Lunatic asylums in Bengal annual reports 1899-1911 - 1899-1911
Year: 1899
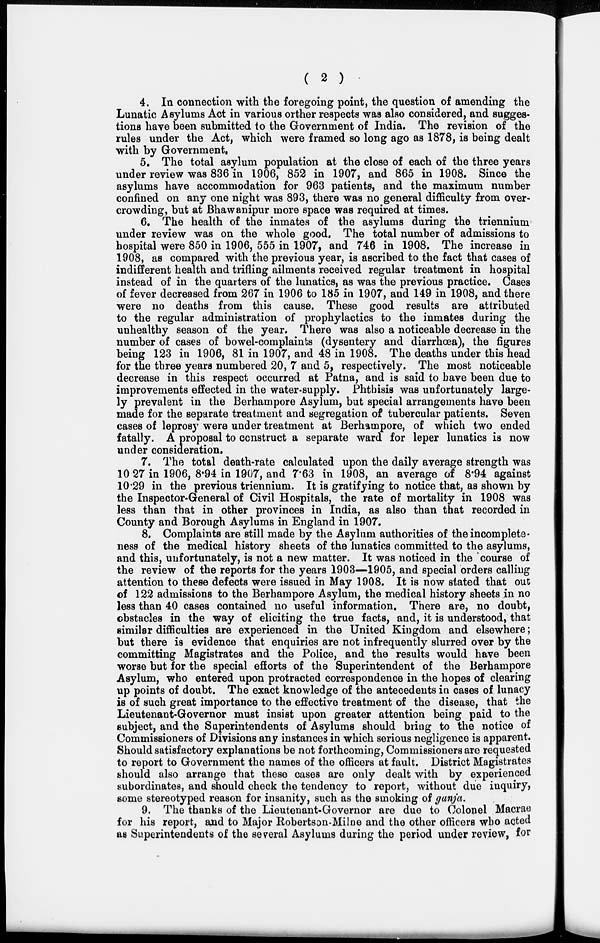
( 2 )
4. In connection with the foregoing point, the question of amending the
Lunatic Asylums Act in various orther respects was also considered, and sugges-
tions have been submitted to the Government of India. The revision of the
rules under the Act, which were framed so long ago as 1878, is being dealt
with by Government.
5. The total asylum population at the close of each of the three years
under review was 836 in 1906, 852 in 1907, and 865 in 1908. Since the
asylums have accommodation for 963 patients, and the maximum number
confined on any one night was 893, there was no general difficulty from over-
crowding, but at Bhawanipur more space was required at times.
6. The health of the inmates of the asylums during the triennium
under review was on the whole good. The total number of admissions to
hospital were 850 in 1906, 555 in 1907, and 746 in 1908. The increase in
1908, as compared with the previous year, is ascribed to the fact that cases of
indifferent health and trifling ailments received regular treatment in hospital
instead of in the quarters of the lunatics, as was the previous practice. Cases
of fever decreased from 267 in 1906 to 185 in 1907, and 149 in 1908, and there
were no deaths from this cause. These good results are attributed
to the regular administration of prophylactics to the inmates during the
unhealthy season of the year. There was also a noticeable decrease in the
number of cases of bowel-complaints (dysentery and diarrhoea), the figures
being 123 in 1906, 81 in 1907, and 48 in 1908. The deaths under this head
for the three years numbered 20, 7 and 5, respectively. The most noticeable
decrease in this respect occurred at Patna, and is said to have been due to
improvements effected in the water-supply. Phthisis was unfortunately large-
ly prevalent in the Berhampore Asylum, but special arrangements have been
made for the separate treatment and segregation of tubercular patients. Seven
cases of leprosy were under treatment at Berhampore, of which two ended
fatally. A proposal to construct a separate ward for leper lunatics is now
under consideration.
7. The total death-rate calculated upon the daily average strength was
10.27 in 1906, 8.94 in 1907, and 7.63 in 1908, an average of 8.94 against
10.29 in the previous triennium. It is gratifying to notice that, as shown by
the Inspector-General of Civil Hospitals, the rate of mortality in 1908 was
less than that in other provinces in India, as also than that recorded in
County and Borough Asylums in England in 1907.
8. Complaints are still made by the Asylum authorities of the incomplete-
ness of the medical history sheets of the lunatics committed to the asylums,
and this, unfortunately, is not a new matter. It was noticed in the course of
the review of the reports for the years 1903—1905, and special orders calling
attention to these defects were issued in May 1908. It is now stated that out
of 122 admissions to the Berhampore Asylum, the medical history sheets in no
less than 40 cases contained no useful information. There are, no doubt,
obstacles in the way of eliciting the true facts, and, it is understood, that
similar difficulties are experienced in the United Kingdom and elsewhere;
but there is evidence that enquiries are not infrequently slurred over by the
committing Magistrates and the Police, and the results would have been
worse but for the special efforts of the Superintendent of the Berhampore
Asylum, who entered upon protracted correspondence in the hopes of clearing
up points of doubt. The exact knowledge of the antecedents in cases of lunacy
is of such great importance to the effective treatment of the disease, that the
Lieutenant-Governor must insist upon greater attention being paid to the
subject, and the Superintendents of Asylums should bring to the notice of
Commissioners of Divisions any instances in which serious negligence is apparent.
Should satisfactory explanations be not forthcoming, Commissioners are requested
to report to Government the names of the officers at fault. District Magistrates
should also arrange that these cases are only dealt with by experienced
subordinates, and should check the tendency to report, without due inquiry,
some stereotyped reason for insanity, such as the smoking of ganja.
9. The thanks of the Lieutenant-Governor are due to Colonel Macrae
for his report, and to Major Robertson-Milne and the other officers who acted
as Superintendents of the several Asylums during the period under review, for